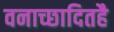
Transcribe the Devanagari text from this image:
वनाच्‍छादितहै